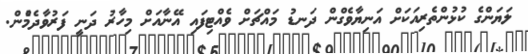
ލަޔަންގެ ކުޅުންތެރިއަކަށް އަނިޔާވެގްން ދަނޑު މައްޗަށް ވެއްޓިފައި އޭނާއަށް މިހާރު ދަނީ ފަރުވާދެމެުން.